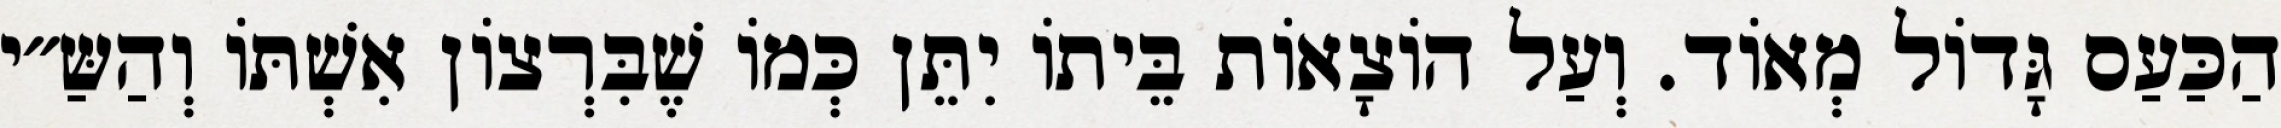
הַכַּעַס גָּדוֹל מְאוֹד. וְעַל הוֹצָאוֹת בֵּיתוֹ יִתֵּן כְּמוֹ שֶׁבִּרְצוֹן אִשְׁתּוֹ וְהַשַּ״י